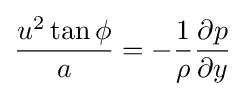
{\frac {u^{2}\tan \phi }{a}}=-{\frac {1}{\rho }}{\frac {\partial p}{\partial y}}